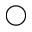
\bigcirc